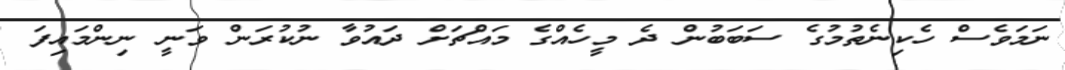
ނަމަވެސް ހެކިނެތުމުގެ ސަބަބުން ދެ މީހެއްގެ މައްޗަށް ދައުވާ ނުކުރަން ވަނީ ނިންމައިފަ